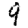
Digit: 9